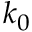
k _ { 0 }